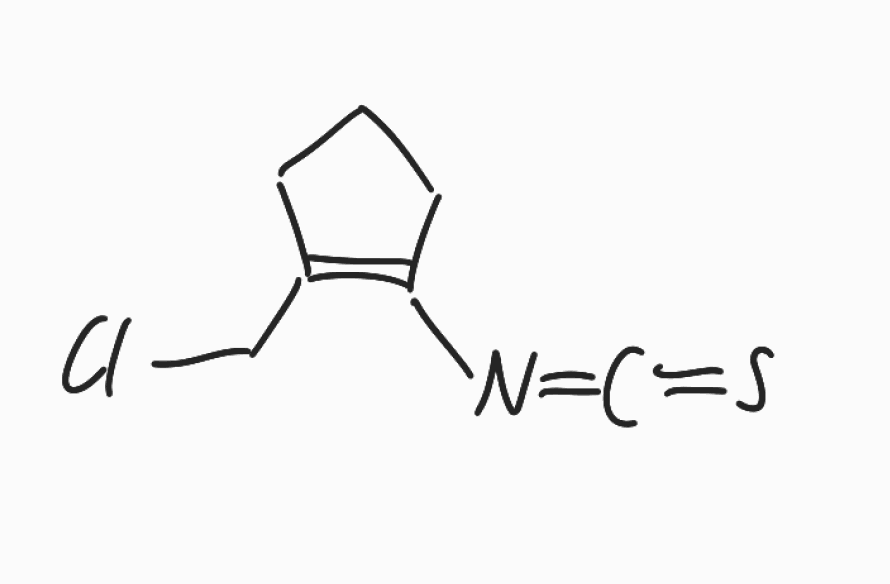
Simplified molecular-input line-entry system (SMILES) notation of the given molecule:
C1CC(=C(C1)N=C=S)CCl